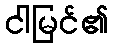
ငါမြင်၏